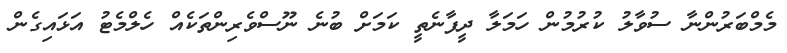
މެމްބަރުންނާ ސުވާލު ކުރުމުން ހަމަލާ ދީފާނެތީ ކަމަށް ބުނެ ނޫސްވެރިންތަކެއް ހެލްމެޓު އަޅައިގެން